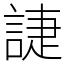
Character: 誱